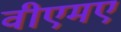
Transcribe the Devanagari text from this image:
वीएमए